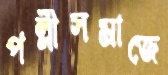
পল্লীসমাজে